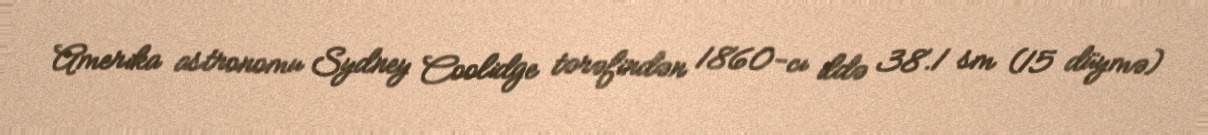
Amerika astronomu Sydney Coolidge tərəfindən 1860-cı ildə 38.1 sm (15 düymə)